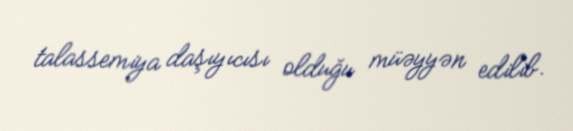
talassemiya daşıyıcısı olduğu müəyyən edilib.